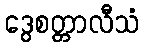
ဒွေစတ္တာလီသံ